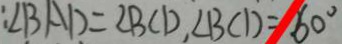
: \angle B A D = \angle B C D , \angle B C D = 6 0 ^ { \circ }